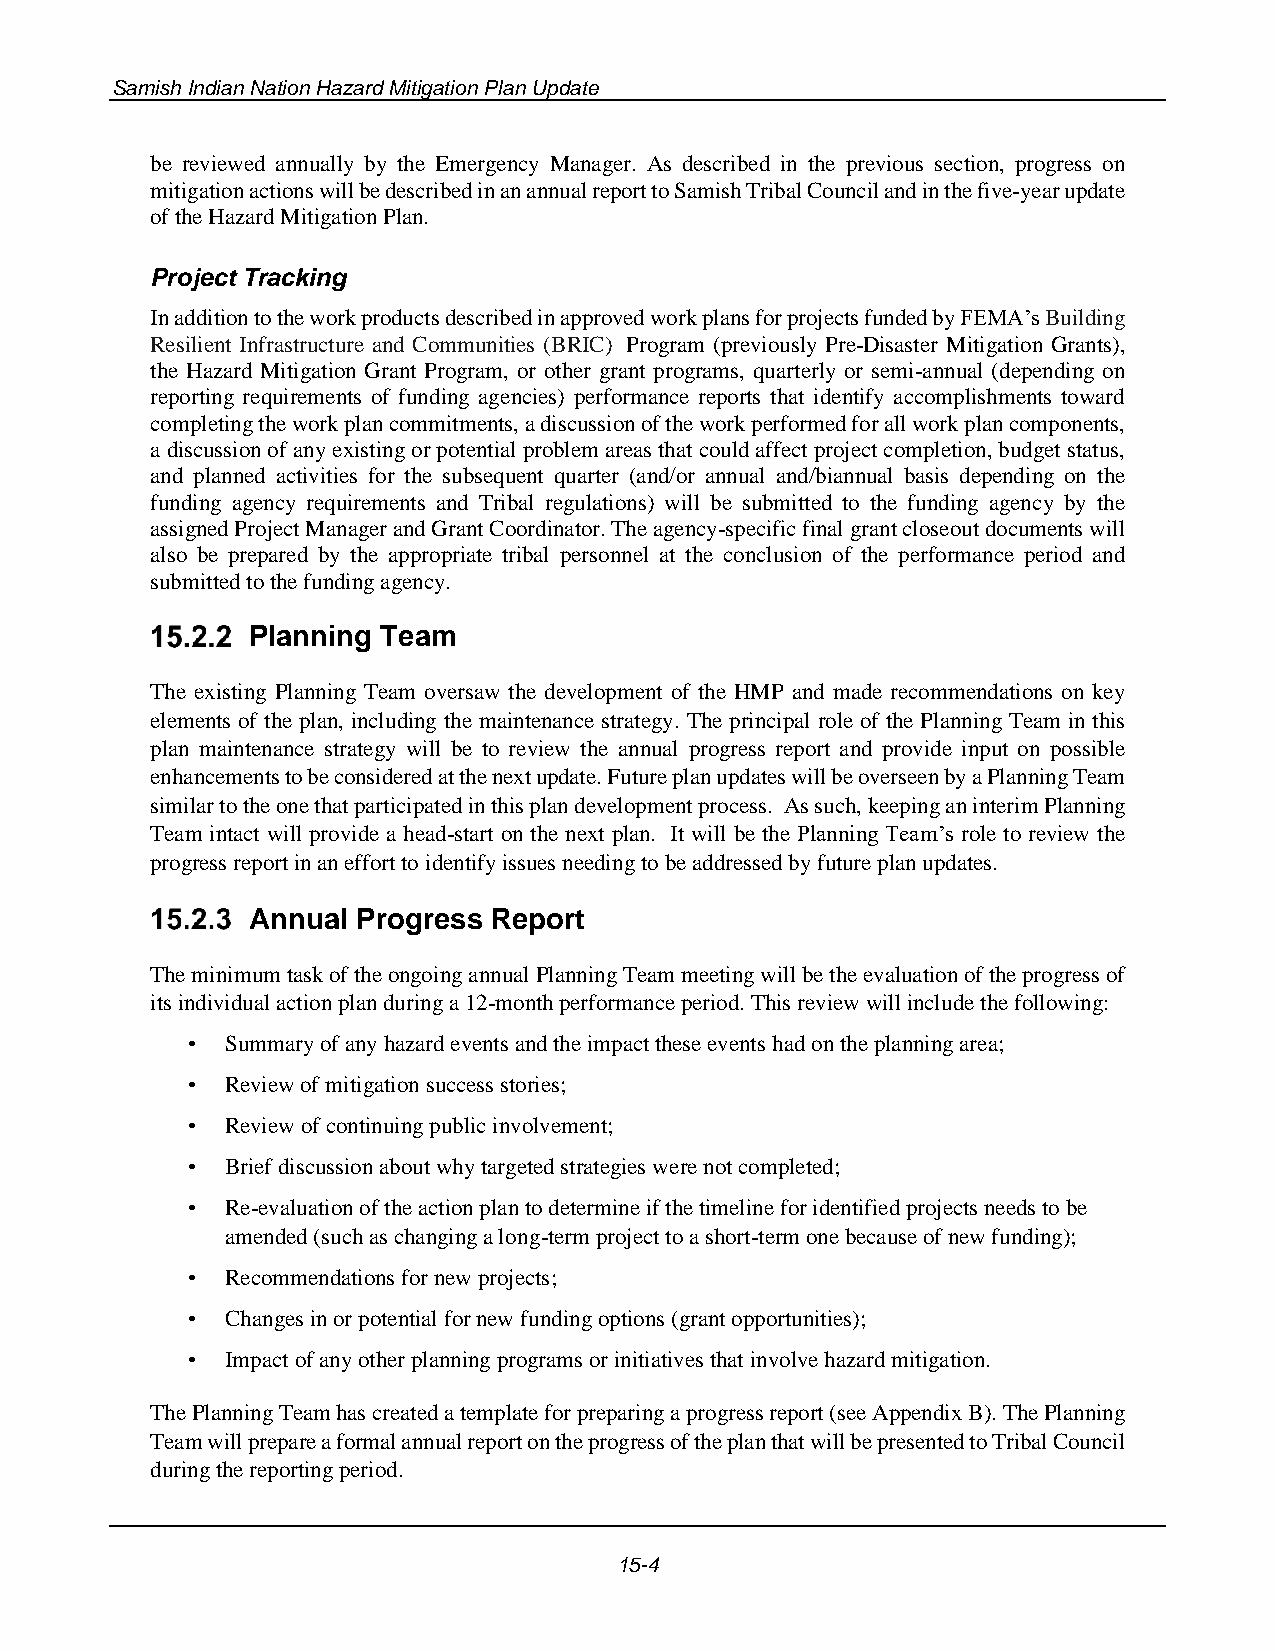
Samish Indian Nation Hazard Mitigation Plan Update
 be reviewed annually by the Emergency Manager. As described in the previous section, progress on
 mitigation actions will be described in an annual report to Samish Tribal Council and in the five-year update
 of the Hazard Mitigation Plan.
 Project Tracking
 In addition to the work products described in approved work plans for projects funded by FEMA’s Building
 Resilient Infrastructure and Communities (BRIC) Program (previously Pre-Disaster Mitigation Grants),
 the Hazard Mitigation Grant Program, or other grant programs, quarterly or semi-annual (depending on
 reporting requirements of funding agencies) performance reports that identify accomplishments toward
 completing the work plan commitments, a discussion of the work performed for all work plan components,
 a discussion of any existing or potential problem areas that could affect project completion, budget status,
 and planned activities for the subsequent quarter (and/or annual and/biannual basis depending on the
 funding agency requirements and Tribal regulations) will be submitted to the funding agency by the
 assigned Project Manager and Grant Coordinator. The agency-specific final grant closeout documents will
 also be prepared by the appropriate tribal personnel at the conclusion of the performance period and
 submitted to the funding agency.
 Planning Team
 The existing Planning Team oversaw the development of the HMP and made recommendations on key
 elements of the plan, including the maintenance strategy. The principal role of the Planning Team in this
 plan maintenance strategy will be to review the annual progress report and provide input on possible
 enhancements to be considered at the next update. Future plan updates will be overseen by a Planning Team
 similar to the one that participated in this plan development process. As such, keeping an interim Planning
 Team intact will provide a head-start on the next plan. It will be the Planning Team’s role to review the
 progress report in an effort to identify issues needing to be addressed by future plan updates.
 Annual Progress Report
 The minimum task of the ongoing annual Planning Team meeting will be the evaluation of the progress of
 its individual action plan during a 12-month performance period. This review will include the following:
 •  Summary of any hazard events and the impact these events had on the planning area;
 •  Review of mitigation success stories;
 •  Review of continuing public involvement;
 •  Brief discussion about why targeted strategies were not completed;
 •  Re-evaluation of the action plan to determine if the timeline for identified projects needs to be
 amended (such as changing a long-term project to a short-term one because of new funding);
 •  Recommendations for new projects;
 •  Changes in or potential for new funding options (grant opportunities);
 •  Impact of any other planning programs or initiatives that involve hazard mitigation.
 The Planning Team has created a template for preparing a progress report (see Appendix B). The Planning
 Team will prepare a formal annual report on the progress of the plan that will be presented to Tribal Council
 during the reporting period.
 15-4